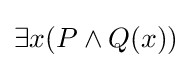
\exists x(P\land Q(x))